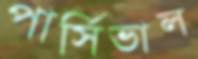
পার্সিভাল